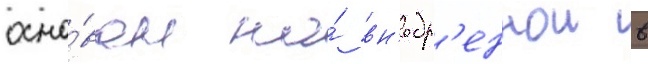
осно́ван на́ вн'едр'еннои в